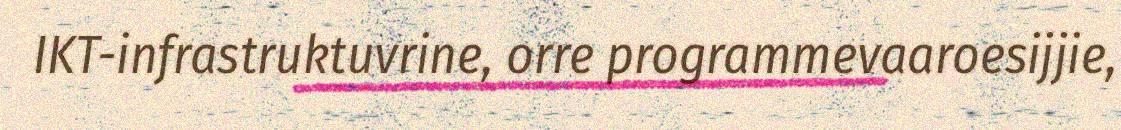
IKT-infrastruktuvrine, orre programmevaaroesijjie,